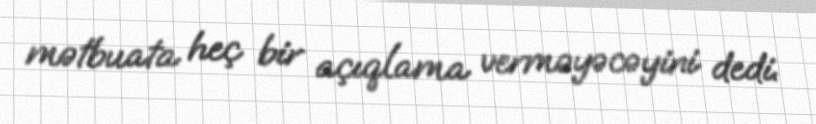
mətbuata heç bir açıqlama verməyəcəyini dedi.